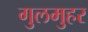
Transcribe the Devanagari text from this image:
गुलमुहर